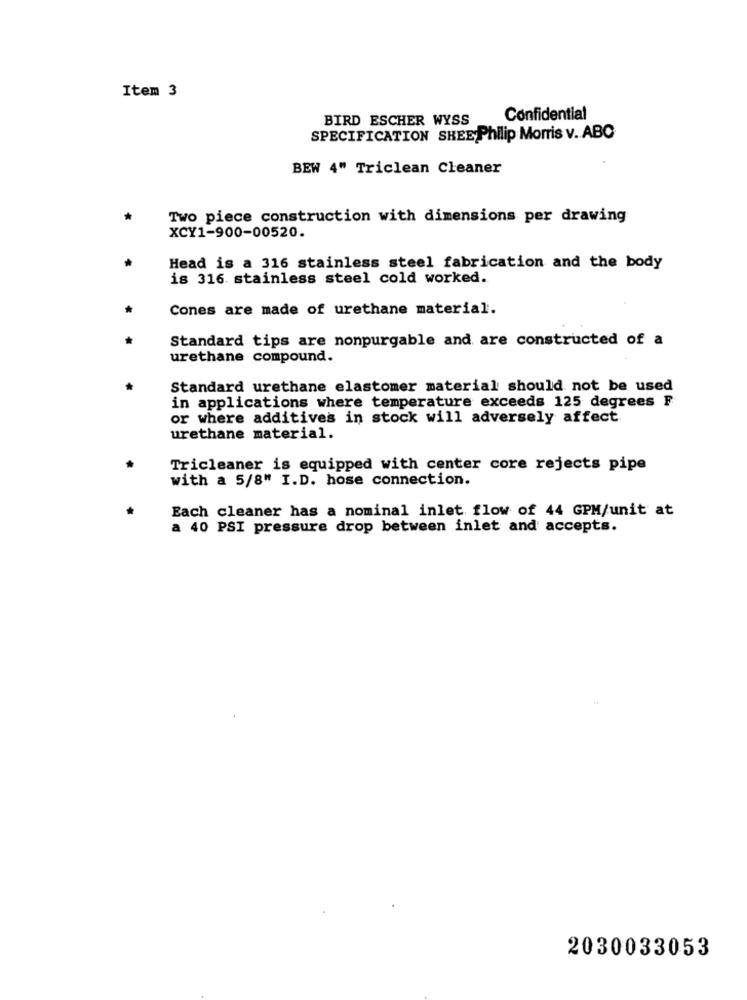
Item 3
BIRD ESCHER WYSS
Confidential
SPECIFICATION SHEE Philip Morris v. ABC
BEW 4" Triclean Cleaner
Two piece construction with dimensions per drawing
XCY1-900-00520.
Head is a 316 stainless steel fabrication and the body
is 316 stainless steel cold worked.
Cones are made of urethane material.
Standard tips are nonpurgable and are constructed of a
urethane compound.
Standard urethane elastomer material should not be used
in applications where temperature exceeds 125 degrees F
or where additives in stock will adversely affect
urethane material.
Tricleaner is equipped with center core rejects pipe
with a 5/8" I.D. hose connection.
Each cleaner has a nominal inlet flow of 44 GPM/unit at
a 40 PSI pressure drop between inlet and accepts.
2030033053